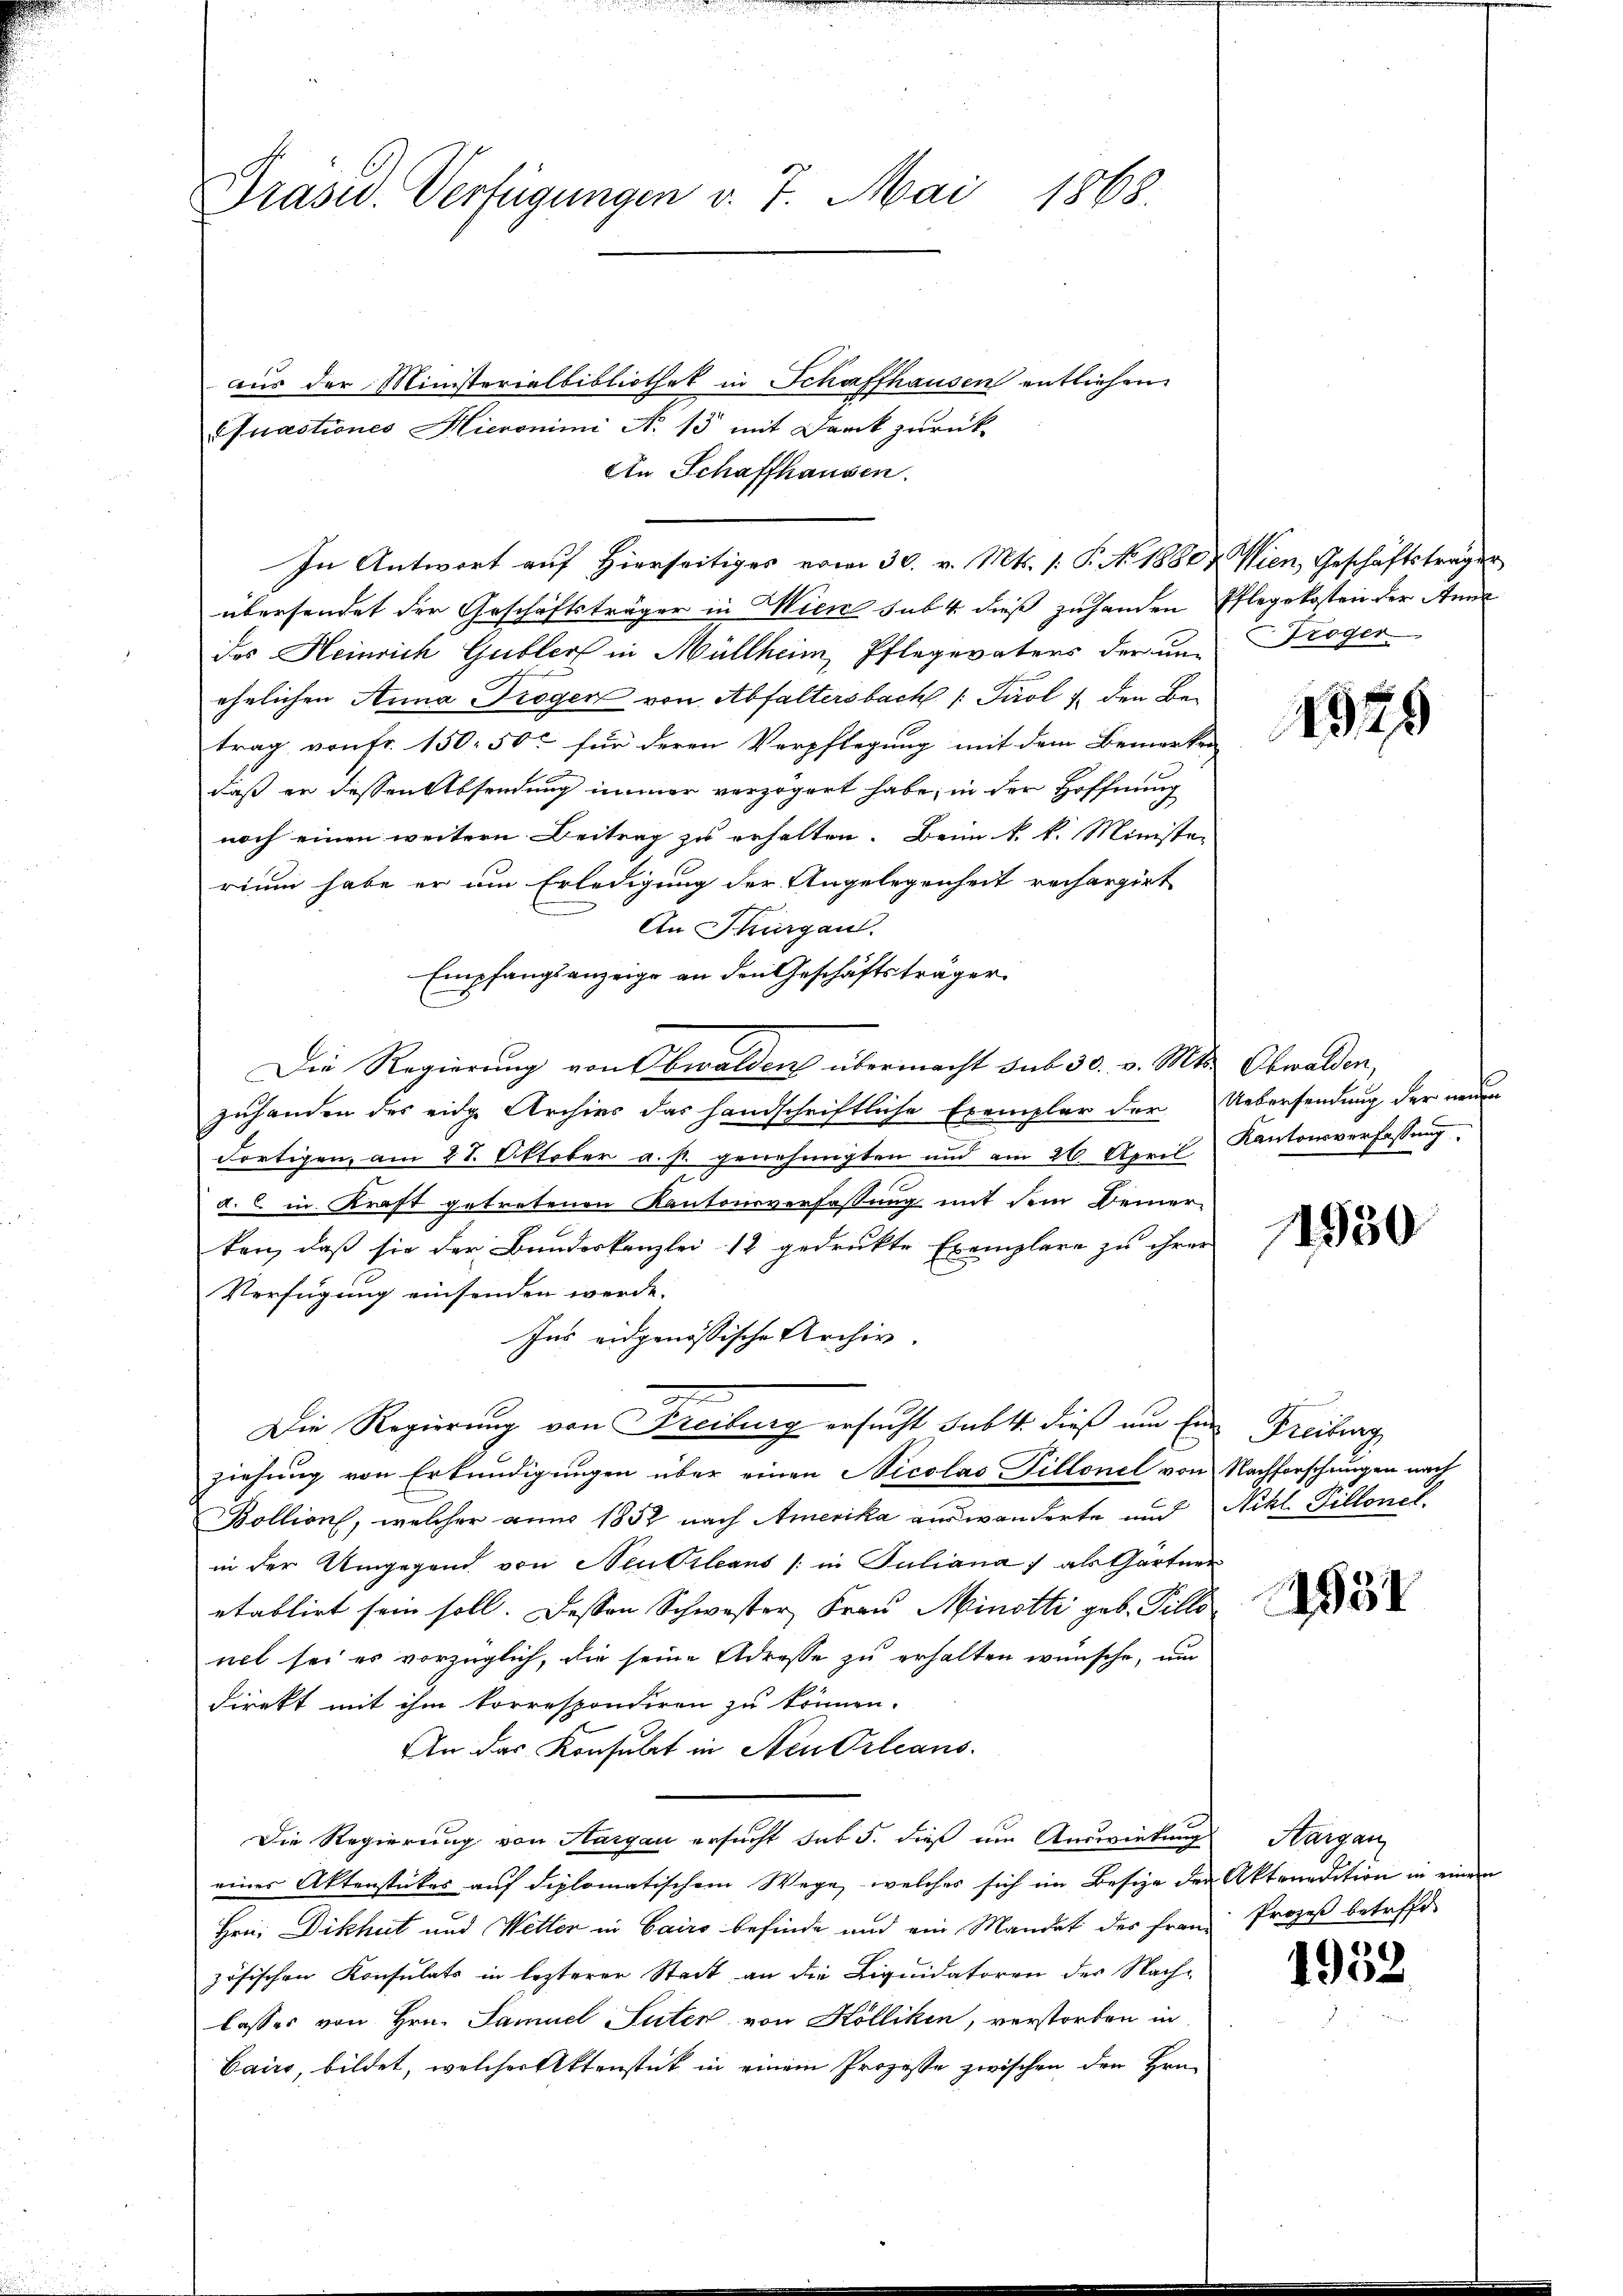
Präsid. Verfügungen v. 7. Mai 1868.

aus der Ministerialbibliothek in Schaffhausen entliehen.
uactiones Hieronimi N. 15 mit Danck zurück
An Schaffhausen.
übersendet der Geschäftsträger in Wien sub. 4 dieß zuhanden Pflegekosten der Anna
des Heinrich Gubler in Müllheim, Pflegevaters der un- Troger
ehelichen Anna Trogen von Abfaltersbach /: Tirol 4 den Betrag von fr. 150. 50c für deren Verpflegung mit dem Bemerken
daß er dessen Absendung immer verzögert habe; in der Hoffnung
noch einen weitern Beitrag zu erhalten. Beim k. k. Minister
rium habe er um Erledigung der Angelegenheit rechargirt
An Thurgau.
Empfangsanzeige an den Geschäftsträger
Die Regierung von Obwalden übermacht sub 30. v. Mts. Obwalden,
zuhanden des eidg. Archivs das handschriftliche Exemplar der Uebersendung der neuen
Fortigen, am 21. Oktober a. p. genehmigten und am 26. April
d. in Kraft getretenen Kantonsverfassung mit dem Deiner-
ken, daß sie der Bundeskanzlei 12 gedrukte Exemplare zu ihrer
Verfügung einsenden werde.
Ins eidgenössische Archiv.
Die Regierung von Freiburg ersucht sub 1. dieß um Ein Freiburg
ziehung von Erkundigungen über einen Nicolas Dillonel von Nachforschungen nach
Bollion, welcher anno 1852 nach Amerika auswanderte und Nikl. Villonel
in der Umgegend von Neu Orleans / in Juliana, als Gärtner
etablirt sein soll. Dessen Schwester Frau Minotti geb. Tilli
net sei es vorzüglich, die seine Adresse zu erhalten wünsche, nur
direkt mit ihm korrespondiren zu können.
An das Konsulat in Steuerleans
Die Regierung von Aargau ersucht sub 5. dieß um Auswirkung Aargau
eines Aktenstückes auf diplomatischem Wege, welches sich im Besize der Aktrnadition in einem
Hrn. Dikhut und Wetter in Cairo befinde und ein Mandat des Frau Prozeß betreff
zösischen Konsulats in lezterer Stadt an die Liquidatoren der Nach-
lasses von Hrn. Samuel Suter von Kölliken, verstorben in
Cairs, bildet, welcher Aktenstück in einem Prozesse zwischen den Hrn.

In Antwort auf Hierseitiges vom 30. v. Mts. (: P. No 1880 & Wien, Geschäftsträger

1929

Kantonsverfassung,

11930

1931

1953